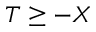
T \geq - X